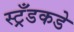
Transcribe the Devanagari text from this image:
स्ट्रँडकडे